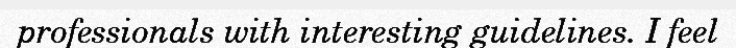
professionals with interesting guidelines. I feel